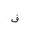
Letter: _fa